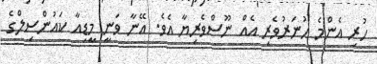
ހުރި އެންމެ ހުނަރުވެރި އެއް ނޫސްވެރިޔާ އެވެ. އޭނާ ވަނީ މީޑިއާ ކައުންސިލްގެ